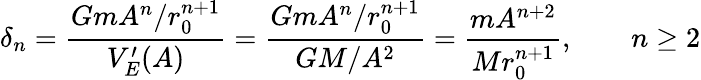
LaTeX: \delta_{n}={\frac{GmA^{n}/r_{0}^{n+1}}{V_{E}^{\prime}(A)}}={\frac{GmA^{n}/r_{0}^{n+1}}{GM/A^{2}}}={\frac{mA^{n+2}}{Mr_{0}^{n+1}}},\qquad n\geq 2